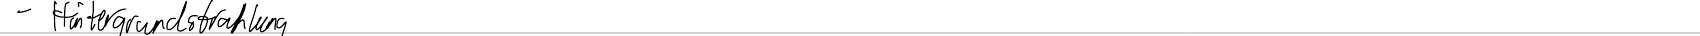
- Hintergrundstrahlung